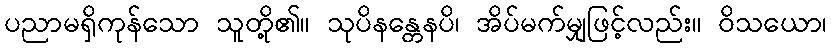
ပညာမရှိကုန်သော သူတို့၏။ သုပိနန္တေနပိ၊ အိပ်မက်မျှဖြင့်လည်း။ ဝိသယော၊